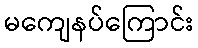
မကျေနပ်ကြောင်း